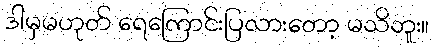
ဒါမှမဟုတ် ရေကြောင်းပြလားတော့ မသိဘူး။